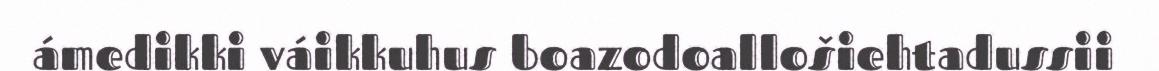
ámedikki váikkuhus boazodoallošiehtadussii